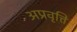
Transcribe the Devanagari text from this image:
अप्रवृत्ति